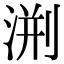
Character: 渆